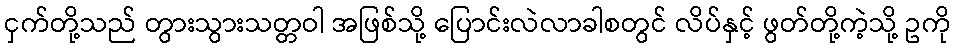
ငှက်တို့သည် တွားသွားသတ္တဝါ အဖြစ်သို့ ပြောင်းလဲလာခါစတွင် လိပ်နှင့် ဖွတ်တို့ကဲ့သို့ ဥကို